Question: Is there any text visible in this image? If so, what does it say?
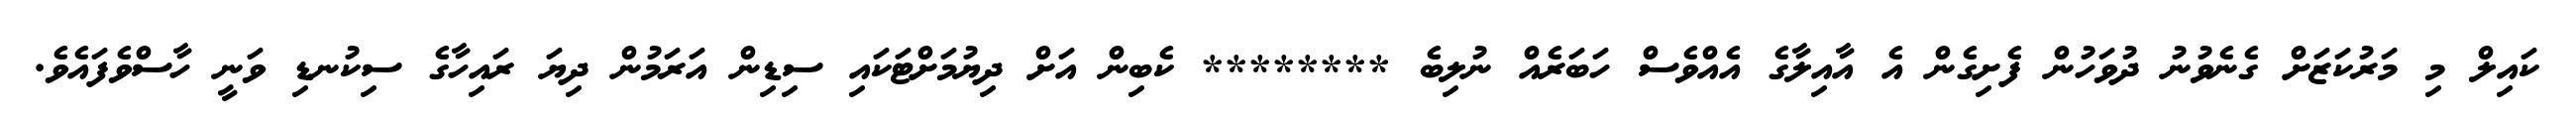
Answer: ކައިލް މި މަރުކަޒަށް ގެނެވުނު ދުވަހުން ފެށިގެން އެ އާއިލާގެ އެއްވެސް ހަބަރެއް ނުލިބެ ******** ކެބިން އަށް ދިޔުމަށްޓަކައި ސިޑިން އަރަމުން ދިޔަ ރައިހާގެ ސިކުނޑި ވަނީ ހާސްވެފައެވެ.